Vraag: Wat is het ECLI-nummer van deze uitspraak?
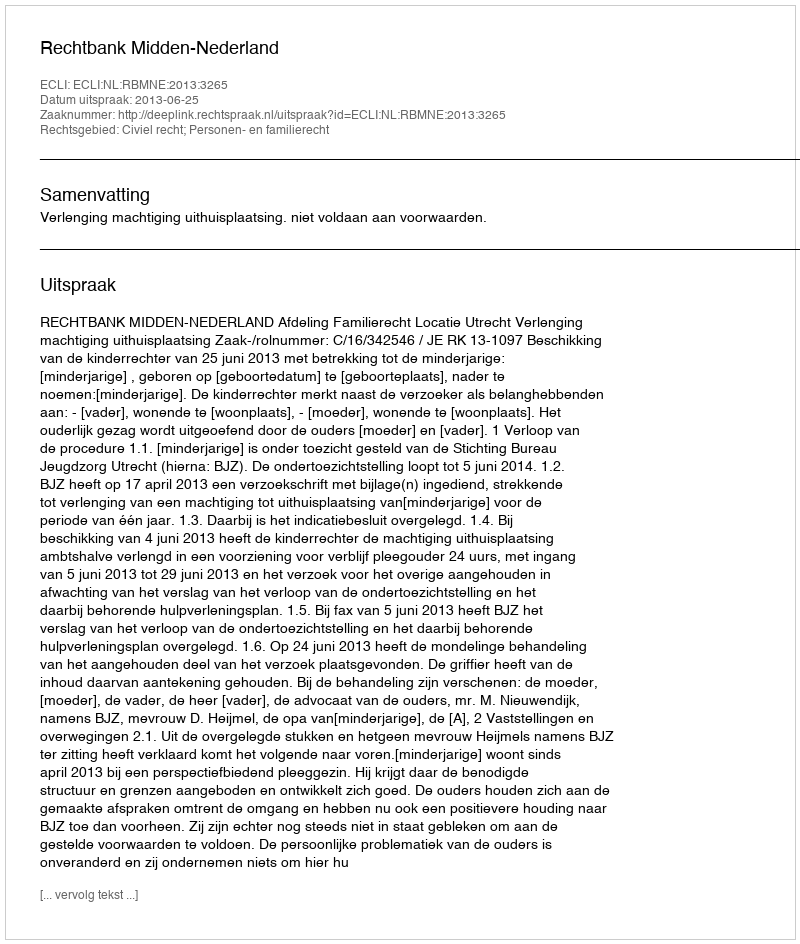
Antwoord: ECLI:NL:RBMNE:2013:3265